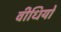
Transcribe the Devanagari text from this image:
वीधियों